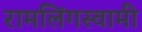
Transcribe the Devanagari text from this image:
रामलिंगस्वामी